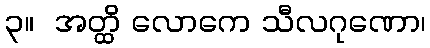
၃။  အတ္ထိ လောကေ သီလဂုဏော၊